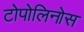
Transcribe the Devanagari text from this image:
टोपोलिनोस